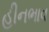
હીનભાવ